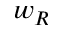
w _ { R }